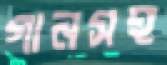
গানসহ